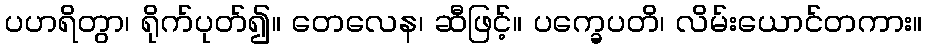
ပဟရိတွာ၊ ရိုက်ပုတ်၍။ တေလေန၊ ဆီဖြင့်။ ပက္ခေပတိ၊ လိမ်းယောင်တကား။